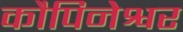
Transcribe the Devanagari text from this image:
कौपिनेश्वर